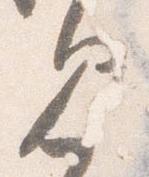
見